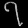
Digit: ၇